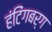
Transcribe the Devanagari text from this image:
हंटिंगबर्ग